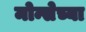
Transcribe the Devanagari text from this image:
मोन्सेच्या